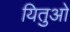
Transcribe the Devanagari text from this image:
यितुओ